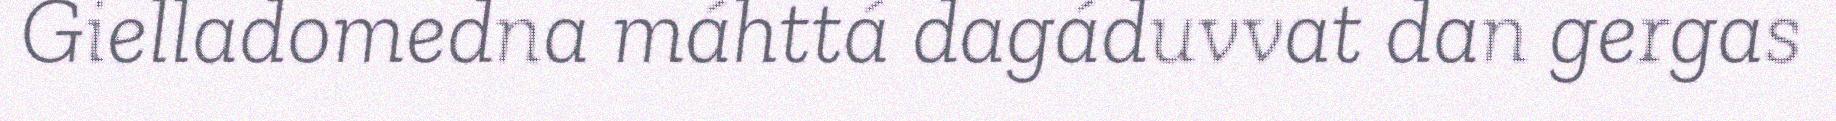
Gielladomedna máhttá dagáduvvat dan gergas